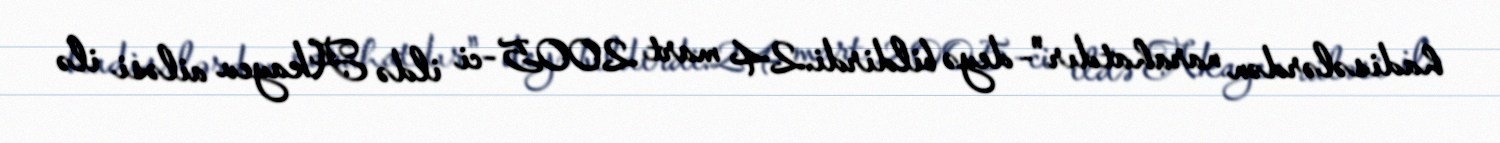
hadisələrdən narahatdır"- deyə bildirdi.24 mart 2005-ci ildə Akayev ailəsi ilə